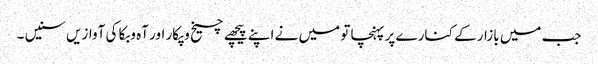
جب میں بازار کے کنارے پر پہنچا تو میں نے اپنے پیچھے چیخ وپکار اور آہ وبکا کی آوازیں سنیں ۔